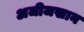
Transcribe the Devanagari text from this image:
अजीजखान